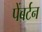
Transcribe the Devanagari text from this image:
पेंबर्टन